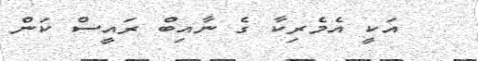
އަކީ އެމެރިކާ ގެ ނާއިބް ރައީސް ކަން